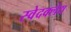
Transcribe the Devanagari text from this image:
स्वेदक्लेद्य